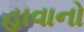
હાવાનો